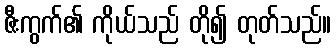
ဇီးကွက်၏ ကိုယ်သည် တို၍ တုတ်သည်။